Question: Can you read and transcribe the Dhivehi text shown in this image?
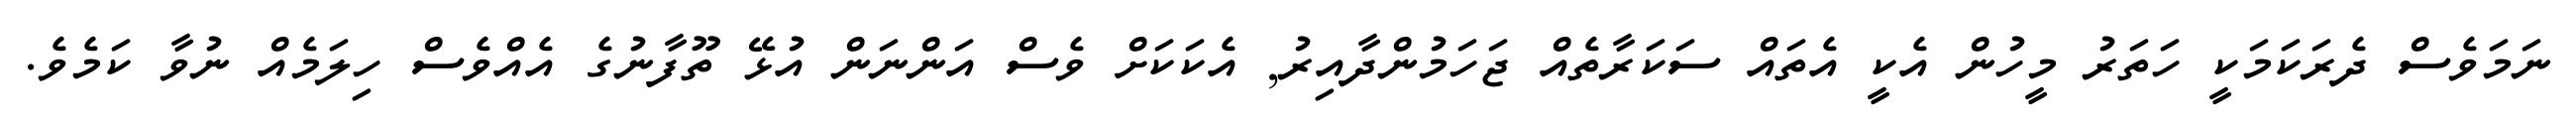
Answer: ނަމަވެސް ދެރަކަމަކީ ހަތަރު މީހުން އެކީ އެތައް ސަކަރާތެއް ޖަހަމުންދާއިރު, އެކަކަށް ވެސް އަންނަން އުޅޭ ތޫފާނުގެ އެއްވެސް ހިލަމެއް ނުވާ ކަމެވެ.